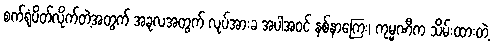
စက်ရုံပိတ်လိုက်တဲ့အတွက် အခုလအတွက် လုပ်အားခ အပါအဝင် နစ်နာကြေး၊ ကုမ္မဏီက သိမ်းထားတဲ့